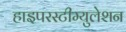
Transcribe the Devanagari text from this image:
हाइपरस्टीम्युलेशन